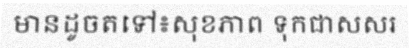
មានដូចតទៅ៖សុខភាព ទុកជាសសរ